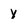
Character: Y